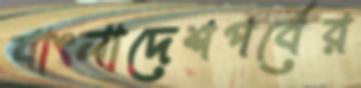
বাংলাদেশপর্বের